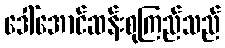
ဒေါ်အောင်ဆန်းစုကြည်သည်